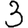
Digit: 3